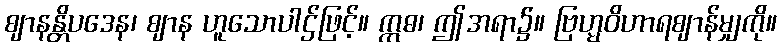
ဈာနန္တိပဒေန၊ ဈာန ဟူသောပါဌ်ဖြင့်။ ဣဓ၊ ဤအရာ၌။ ဗြဟ္မဝိဟာရဈာန်မျှကို။